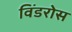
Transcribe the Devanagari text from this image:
विंडरोस